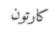
كارتون